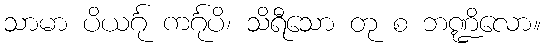
သာမာ ပိယင်္ဂု ကင်္ဂုပိ၊ သိရီသော တု စ ဘဏ္ဍိလော။